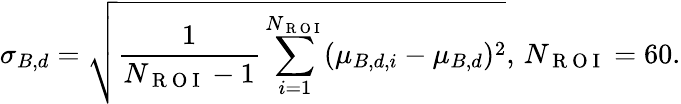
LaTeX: \sigma_{B,d}=\sqrt{\frac{1}{N_{\mathrm{~R~O~I~}}-1}\sum_{i=1}^{N_{\mathrm{~R~O~I~}}}(\mu_{B,d,i}-\mu_{B,d})^{2}},\, N_{\mathrm{~R~O~I~}}=60.